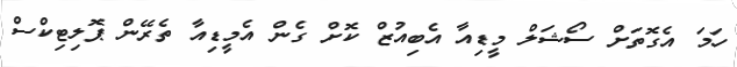
ހަމަ އެގޮތަށް ސޯޝަލް މީޑިއާ އެބިއުޒް ކޮށް ގެން އެމީޑިއާ ތެރޭން ޕޮލިޓިކްސް